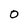
Character: O